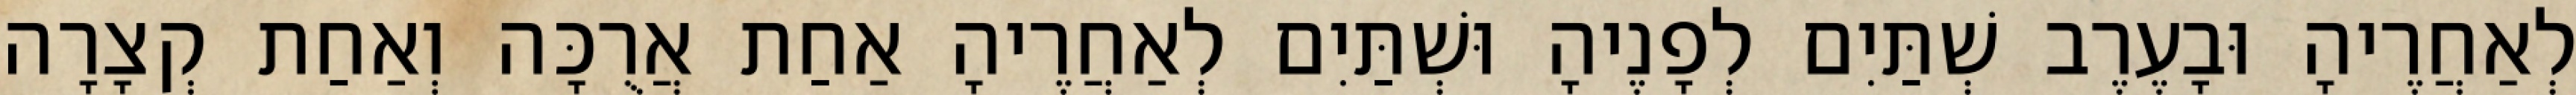
לְאַחֲרֶיהָ וּבָעֶרֶב שְׁתַּיִם לְפָנֶיהָ וּשְׁתַּיִם לְאַחֲרֶיהָ אַחַת אֲרֻכָּה וְאַחַת קְצָרָה